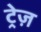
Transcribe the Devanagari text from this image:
ट्रेज़